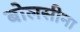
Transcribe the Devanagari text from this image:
बोलसीना